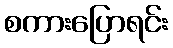
စကားပြောရင်း